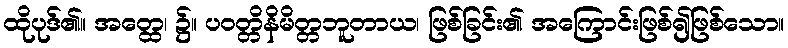
ထိုပုဒ်၏။ အတ္ထေ၊ ၌။ ပဝတ္တိနိမိတ္တဘူတာယ၊ ဖြစ်ခြင်း၏ အကြောင်းဖြစ်၍ဖြစ်သော။